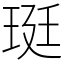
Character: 珽